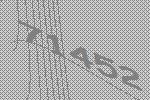
71452